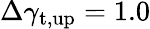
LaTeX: \Delta\gamma_{\mathrm{t,up}}=1.0